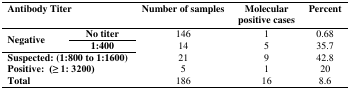
<table><thead><tr><td><b>Antibody Titer</b></td><td></td><td><b>Number of samples</b></td><td><b>Molecular positive cases</b></td><td><b>Percent</b></td></tr></thead><tbody><tr><td rowspan="2"><b>Negative</b></td><td><b>No titer</b></td><td>146</td><td>1</td><td>0.68</td></tr><tr><td><b>1:400</b></td><td rowspan="2">14</td><td rowspan="2">5</td><td rowspan="2">35.7</td></tr><tr><td colspan="2"><b>Suspected: (1:800 to 1:1600)</b></td><td>21</td><td>9</td><td>42.8</td></tr><tr><td colspan="2"><b>Positive: (≥ 1: 3200)</b></td><td>5</td><td>1</td><td>20</td></tr><tr><td colspan="2"><b>Total</b></td><td>186</td><td>16</td><td>8.6</td></tr></tbody></table>